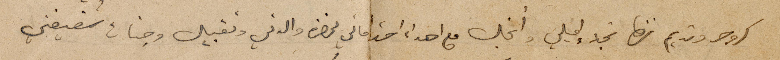
كروم ونديم نزها نجد إميلي وأنجل مع اهداء احتراماتي لحضرة والدتي وتقبيل وجنات شقيقتي